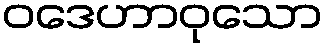
ဝဒေဟာဝုသော